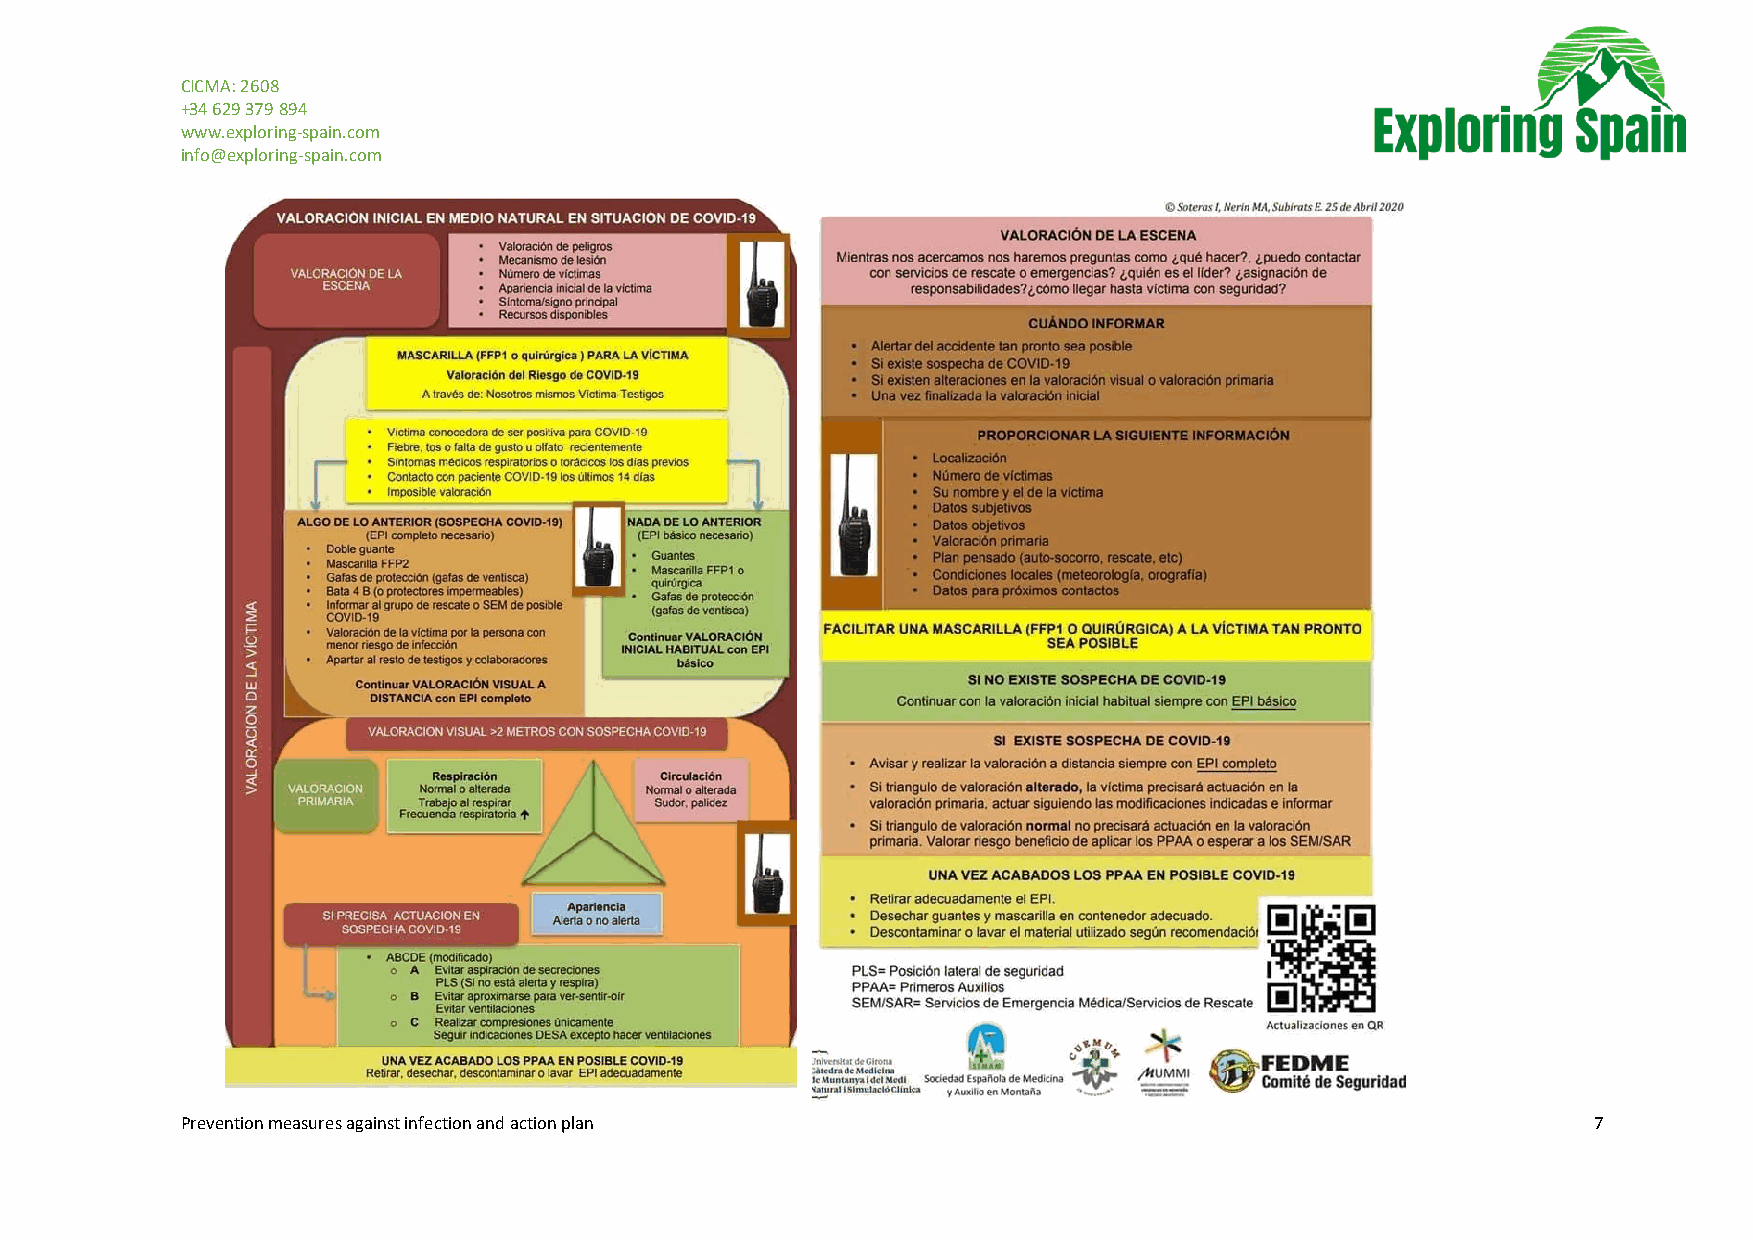
CICMA: 2608
 +34 629 379 894
 www.exploring-spain.com
 info@exploring-spain.com
 Prevention measures against infection and action plan                                        7